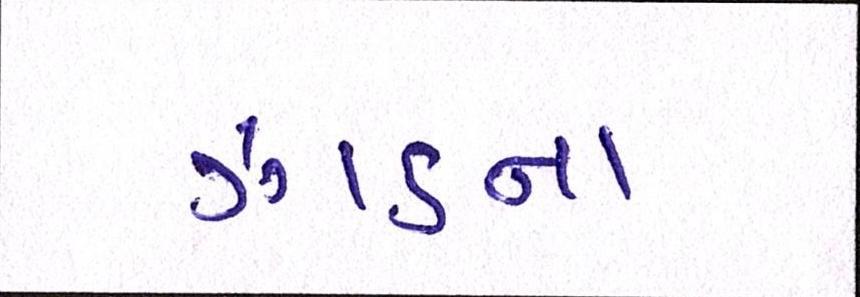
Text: ઝાડના